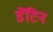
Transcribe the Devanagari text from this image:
डेंटिन